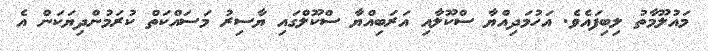
މައުލޫމާތު ލިބިފައެވެ. އަހުމަދިއްޔާ ސްކޫލާއި އަރަބިއްޔާ ސްކޫލްގައި ޔާސިރު މަސައްކަތް ކުރަމުންދިޔަކަން އެ